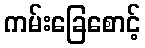
ကမ်းခြေစောင့်